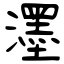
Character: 濹